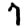
Digit: 7